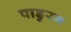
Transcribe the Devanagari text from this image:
पाडुरग